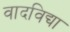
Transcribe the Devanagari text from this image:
वादविद्या